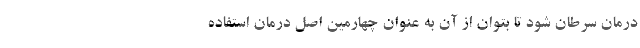
درمان سرطان شود تا بتوان از آن به‌ عنوان چهارمین اصل درمان استفاده